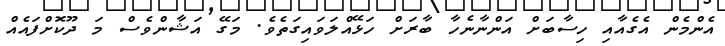
އެންމެން އެގެއާއި ހިސާބަށް އަންނާނެހާ ބާރަށް ހަޅޭއްލަވައިގަތެވެ. މަގޭ އަޝާންވެސް މަ ދޫކޮށްފައެއް